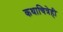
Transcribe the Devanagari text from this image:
कथाचित्रेही